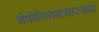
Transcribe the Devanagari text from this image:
नेपोलियनसारख्या